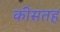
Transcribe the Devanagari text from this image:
कीसतह